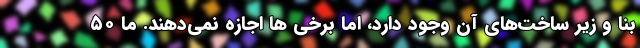
بنا و زیر ساخت‌های آن وجود دارد، اما برخی ها اجازه نمی‌دهند. ما ۵۰